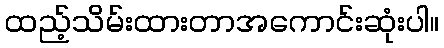
ထည့်သိမ်းထားတာအကောင်းဆုံးပါ။